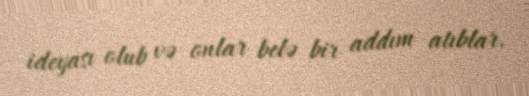
ideyası olub və onlar belə bir addım atıblar.